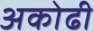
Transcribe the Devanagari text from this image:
अकोढी